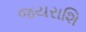
જયરાશિ